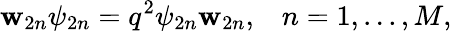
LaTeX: \mathbf{w}_{2n}\psi_{2n}=q^{2}\psi_{2n}\mathbf{w}_{2n},\; \; \; n=1,...,M,